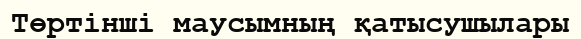
Төртінші маусымның қатысушылары